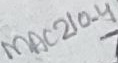
Text: MAC210-4